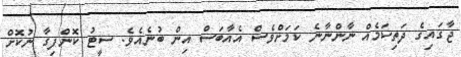
ޖާގައިގެ ދަތިކަމެއް ނާންނާނެ ކަމަށްވެސް އެއާބަސް އިން ބުނެއެވެ. ސީޓު ކޮންފިގާ ނުކޮށް